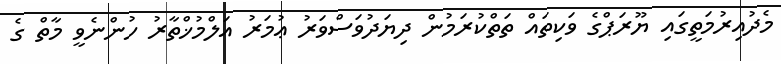
މެދުއިރުމަތީގައި ޔޫރަޕްގެ ވަކިތައް ތަތްކުރަމުން ދިޔަދުވަސްވަރު ޢުމަރު އަލްމުޚްތާރު ހުންނެވީ މާތް ގެ